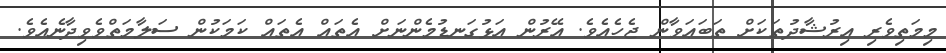
މިމަތިވެރި އިރުޝާދުތަކަށް ތަބަޢަވާން ޖެހެއެވެ. އޭރުން އަޅުގަނޑުމެންނަށް އެތައް އެތައް ކަމަކުން ސަލާމަތްވެވިދާނެއެވެ.